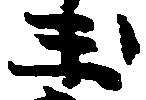
玉